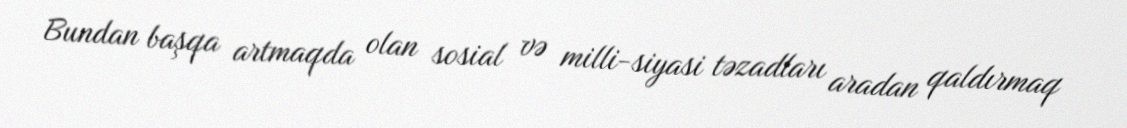
Bundan başqa artmaqda olan sosial və milli-siyasi təzadları aradan qaldırmaq